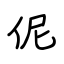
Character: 伲